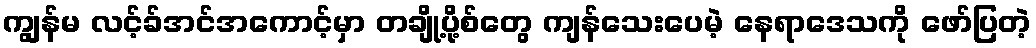
ကျွန်မ လင့်ခ်အင်အကောင့်မှာ တချို့ပို့စ်တွေ ကျန်သေးပေမဲ့ နေရာဒေသကို ဖော်ပြတဲ့